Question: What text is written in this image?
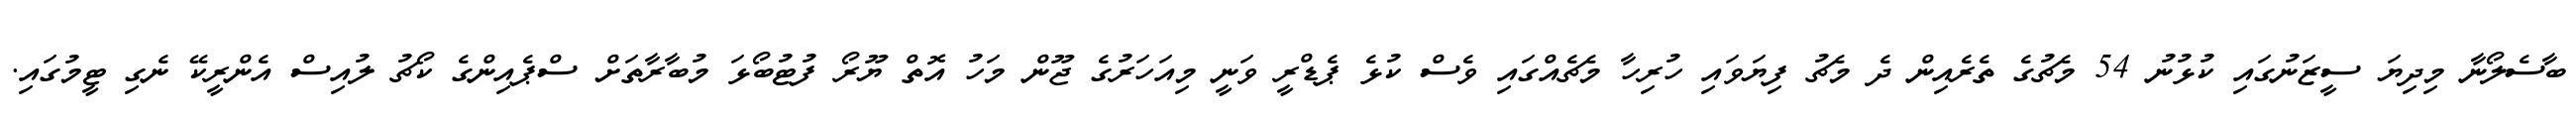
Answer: ބާސެލޯނާ މިދިޔަ ސީޒަނުގައި ކުޅުނު 54 މެޗުގެ ތެރެއިން ދެ މެޗު ފިޔަވައި ހުރިހާ މެޗެއްގައި ވެސް ކުޅެ ޕެޑްރީ ވަނީ މިއަހަރުގެ ޖޫން މަހު އޮތް ޔޫރޯ ފުޓުބޯޅަ މުބާރާތަށް ސްޕެއިންގެ ކޯޗު ލުއިސް އެންރީކޭ ނެގި ޓީމުގައި.